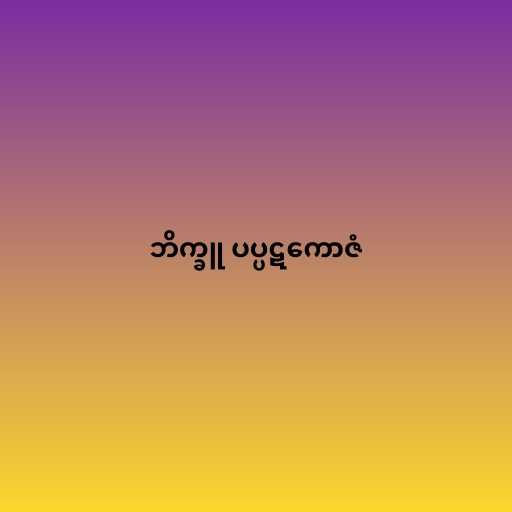
ဘိက္ခူ ပပ္ပဋကောဇံ